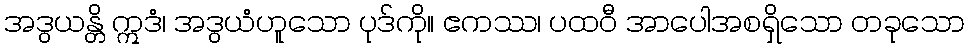
အဒွယန္တိ ဣဒံ၊ အဒွယံဟူသော ပုဒ်ကို။ ဧကဿ၊ ပထဝီ အာပေါအစရှိသော တခုသော